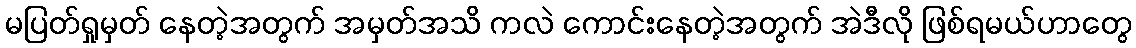
မပြတ်ရှုမှတ် နေတဲ့အတွက် အမှတ်အသိ ကလဲ ကောင်းနေတဲ့အတွက် အဲဒီလို ဖြစ်ရမယ်ဟာတွေ